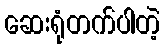
ဆေးရုံတက်ပါတဲ့